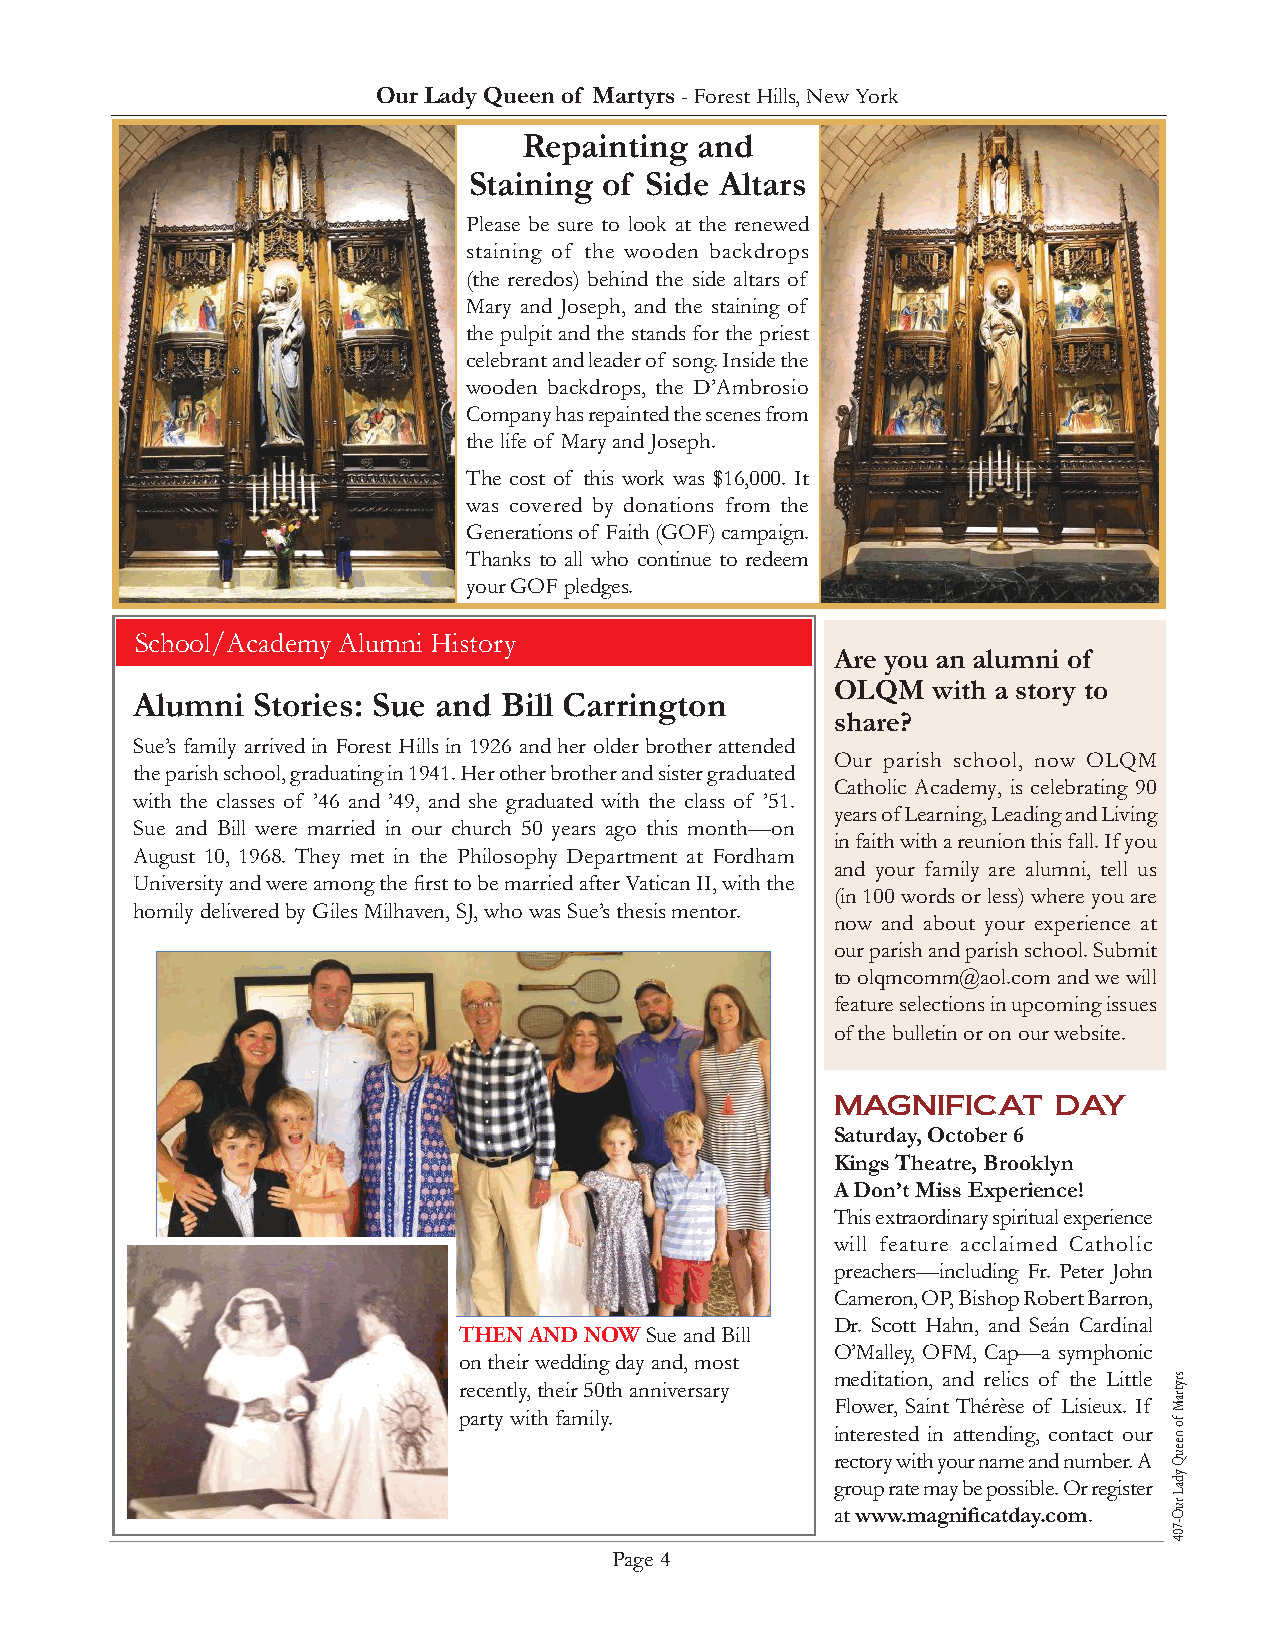
Our Lady Queen of Martyrs - Forest Hills, New York
 Repainting and
 Staining of Side Altars
 Please be sure to look at the renewed
 staining of the wooden backdrops
 (the reredos) behind the side altars of
 Mary and Joseph, and the staining of
 the pulpit and the stands for the priest
 celebrant and leader of song. Inside the
 wooden backdrops, the D’Ambrosio
 Company has repainted the scenes from
 the life of Mary and Joseph.
 The cost of this work was $16,000. It
 was covered by donations from the
 Generations of Faith (GOF) campaign.
 Thanks to all who continue to redeem
 your GOF pledges.
 S chool/Academy Alumni History
 Are you an alumni of
 OLQM   with a story to
 Alumni  Stories: Sue and Bill Carrington
 share?
 Sue’s family arrived in Forest Hills in 1926 and her older brother attended
 Our parish school, now OLQM
 the parish school, graduating in 1941. Her other brother and sister graduated
 Catholic Academy, is celebrating 90
 with the classes of ’46 and ’49, and she graduated with the class of ’51.
 years of Learning, Leading and Living
 Sue and Bill were married in our church 50 years ago this month—on
 in faith with a reunion this fall. If you
 August 10, 1968. They met in the Philosophy Department at Fordham
 and your family are alumni, tell us
 University and were among the first to be married after Vatican II, with the
 (in 100 words or less) where you are
 homily delivered by Giles Milhaven, SJ, who was Sue’s thesis mentor.
 now and about your experience at
 our parish and parish school. Submit
 to olqmcomm@aol.com and we will
 feature selections in upcoming issues
 of the bulletin or on our website.
 Magnificat     Day
 Saturday, October 6
 Kings Theatre, Brooklyn
 A Don’t Miss Experience!
 This extraordinary spiritual experience
 will feature acclaimed Catholic
 preachers—including Fr. Peter John
 Cameron, OP, Bishop Robert Barron,
 Dr. Scott Hahn, and Seán Cardinal
 THEN AND NOW Sue and Bill
 O’Malley, OFM, Cap—a symphonic
 on their wedding day and, most
 meditation, and relics of the Little
 recently, their 50th anniversary
 Flower, Saint Thérèse of Lisieux. If
 party with family.
 interested in attending, contact our
 rectory with your name and number. A
 group rate may be possible. Or register
 at www.magnificatday.com.
 Page 4
 srytraM
 fo
 neeuQ
 ydaL
 ruO-704